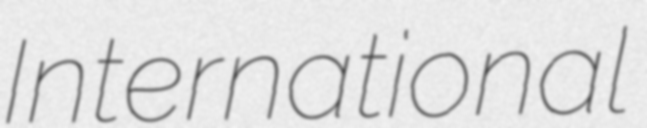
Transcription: International